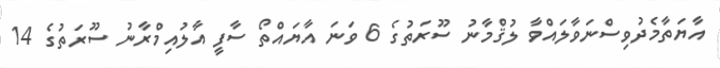
އާޔަތާމެދުވިސްނަވާލައްވާ ލުޤްމާނު ސޫރަތުގެ 6 ވަނަ އާޔައްތޯ ސާފީ އާލުއިމްރާނު ސޫރަތުގެ 14